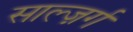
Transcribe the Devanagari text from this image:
साल्ज़र्ग